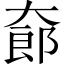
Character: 𱘸